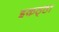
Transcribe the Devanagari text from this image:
इकठ्‍ठा